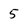
Character: 5